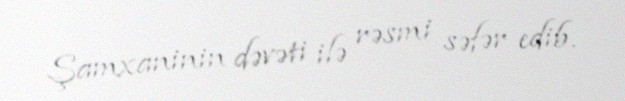
Şamxaninin dəvəti ilə rəsmi səfər edib.